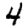
Digit: 4